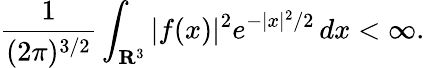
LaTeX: {\frac{1}{(2\pi)^{3/2}}}\int_{\mathbf{R}^{3}}|f(x)|^{2}e^{-|x|^{2}/2}\, dx<\infty.